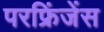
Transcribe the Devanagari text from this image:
परफ्रिंजेंस